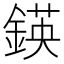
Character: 鍈